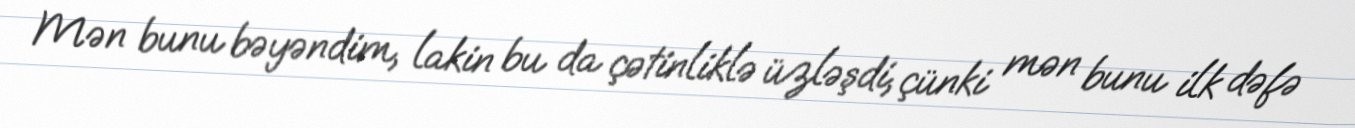
Mən bunu bəyəndim, lakin bu da çətinliklə üzləşdi, çünki mən bunu ilk dəfə